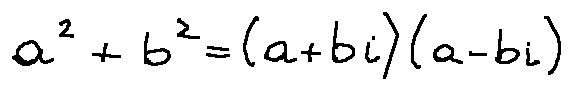
a ^ { 2 } + b ^ { 2 } = ( a + b i ) ( a - b i )